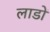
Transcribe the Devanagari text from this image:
लाडों